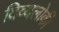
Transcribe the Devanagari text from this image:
दिव्यलोकी